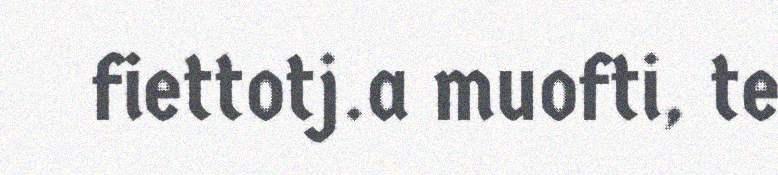
fiettotj.a muofti, te